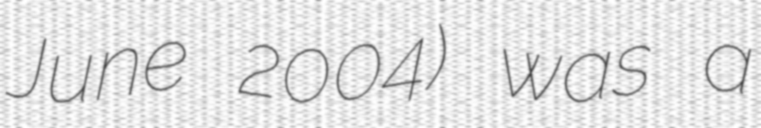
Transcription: June 2004) was a